King Institute of Preventive Medicine Bacteriolog. Section reports 1907-08
Year: 1907
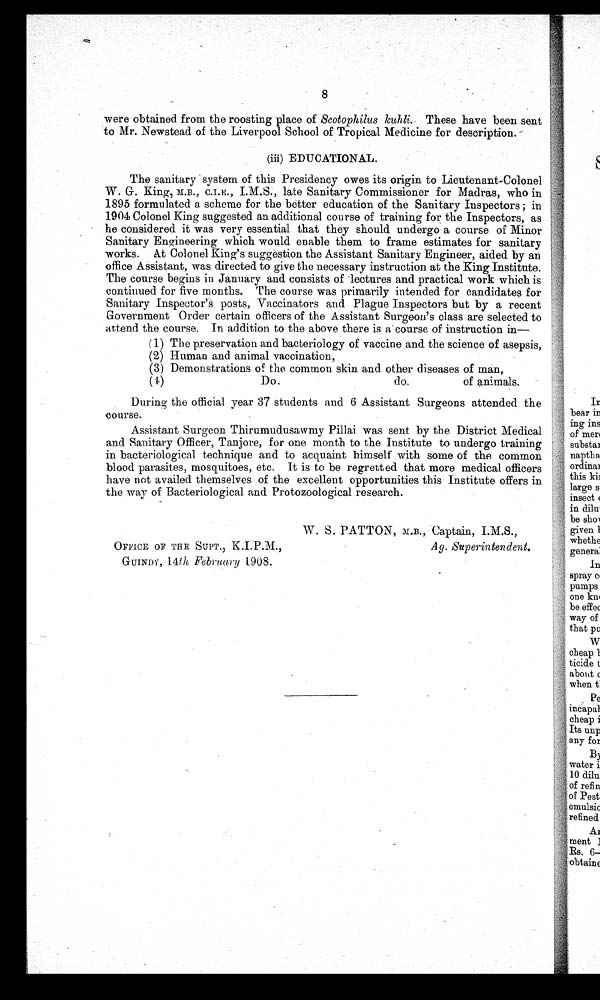
8
were obtained from the roosting place of Scotophilus kuhli.- These have been sent
to Mr. Newstead of the Liverpool School of Tropical Medicine for description. -
(iii) EDUCATIONAL.
The sanitary system of this Presidency owes its origin to Lieutenant-Colonel
W. G. King, M.B., I.M.S., late Sanitary Commissioner for Madras, who in
1895 formulated a scheme for the better education of the Sanitary Inspectors ; in
1904 Colonel King suggested an additional course of training for the Inspectors, as
he considered it was very essential that they should undergo a course of Minor
Sanitary Engineering which would enable them to frame estimates for sanitary
works. At Colonel King's suggestion the Assistant Sanitary Engineer, aided by an
office Assistant, was directed to give the necessary instruction at the King Institute.
The course begins in January and consists of lectures and practical work which is
continued for five months. The course was primarily intended for candidates for
Sanitary Inspector's posts, Vaccinators and Plague Inspectors but by a recent
Government Order certain officers of the Assistant Surgeon's class are selected to
attend the course. In addition to the above there is a course of instruction in-
( 1) The preservation and bacteriology of vaccine and the science of asepsis,
(2) Human and animal vaccination,
(3) Demonstrations of the common skin and other diseases of man,
(4)
Do.
do.
of animals.
During the official year 37 students and 6 Assistant Surgeons attended the
co urse.
Assistant Surgeon Thirumudusawmy Pillai was sent by the District Medical
and Sanitary Officer, Tanjore, for one month to the Institute to undergo training
in bacteriological technique and to acquaint himself with some of the common
blood parasites, mosquitoes, etc. It is to be regretted that more medical officers
have not availed themselves of the excellent opportunities this Institute offers in
the way of Bacteriological and Protozoological research.
W. S. PATTON, M.B., Captain, I.M.S.,
OFFICE OF THE SUPT. ) K .I.P
A g. Superintendent.
GUINDY, 14th February 1908.